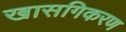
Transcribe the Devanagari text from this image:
खासगिकरण